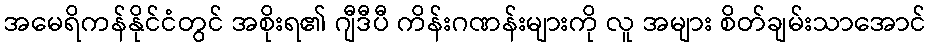
အမေရိကန်နိုင်ငံတွင် အစိုးရ၏ ဂျီဒီပီ ကိန်းဂဏန်းများကို လူ အများ စိတ်ချမ်းသာအောင်